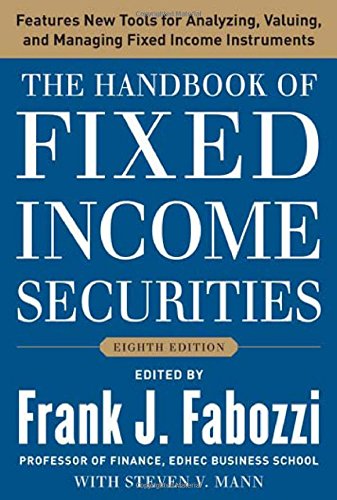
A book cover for The Handbook of Fixed Income Securities, Eighth Edition; Frank J. Fabozzi; Business & Money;